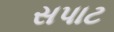
સપાટ